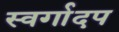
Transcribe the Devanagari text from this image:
स्वर्गादप